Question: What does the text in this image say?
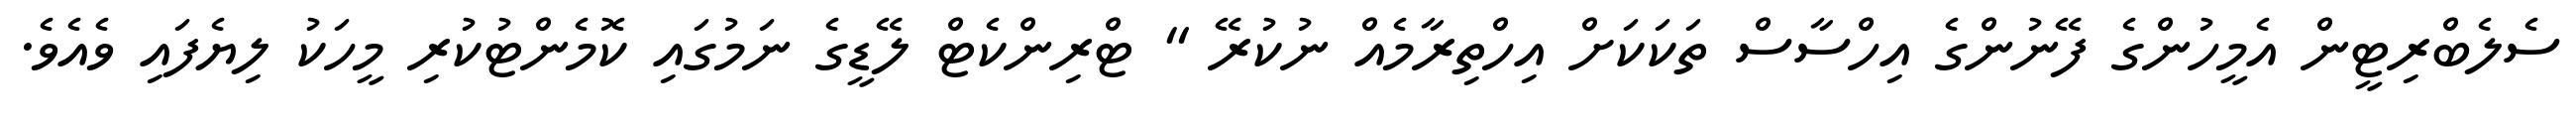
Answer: ސެލެބްރިޓީން އެމީހުންގެ ފޭނުންގެ އިހްސާސް ތަކަކަށް އިހްތިރާމެއް ނުކުރޭ " ޓްރިންކެޓް ލޭޑީގެ ނަމުގައި ކޮމެންޓުކުރި މީހަކު ލިޔެފައި ވެއެވެ.